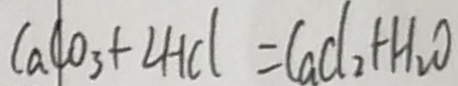
C a C O _ { 3 } + \angle H C l = C a C l _ { 2 } + H _ { 2 } O